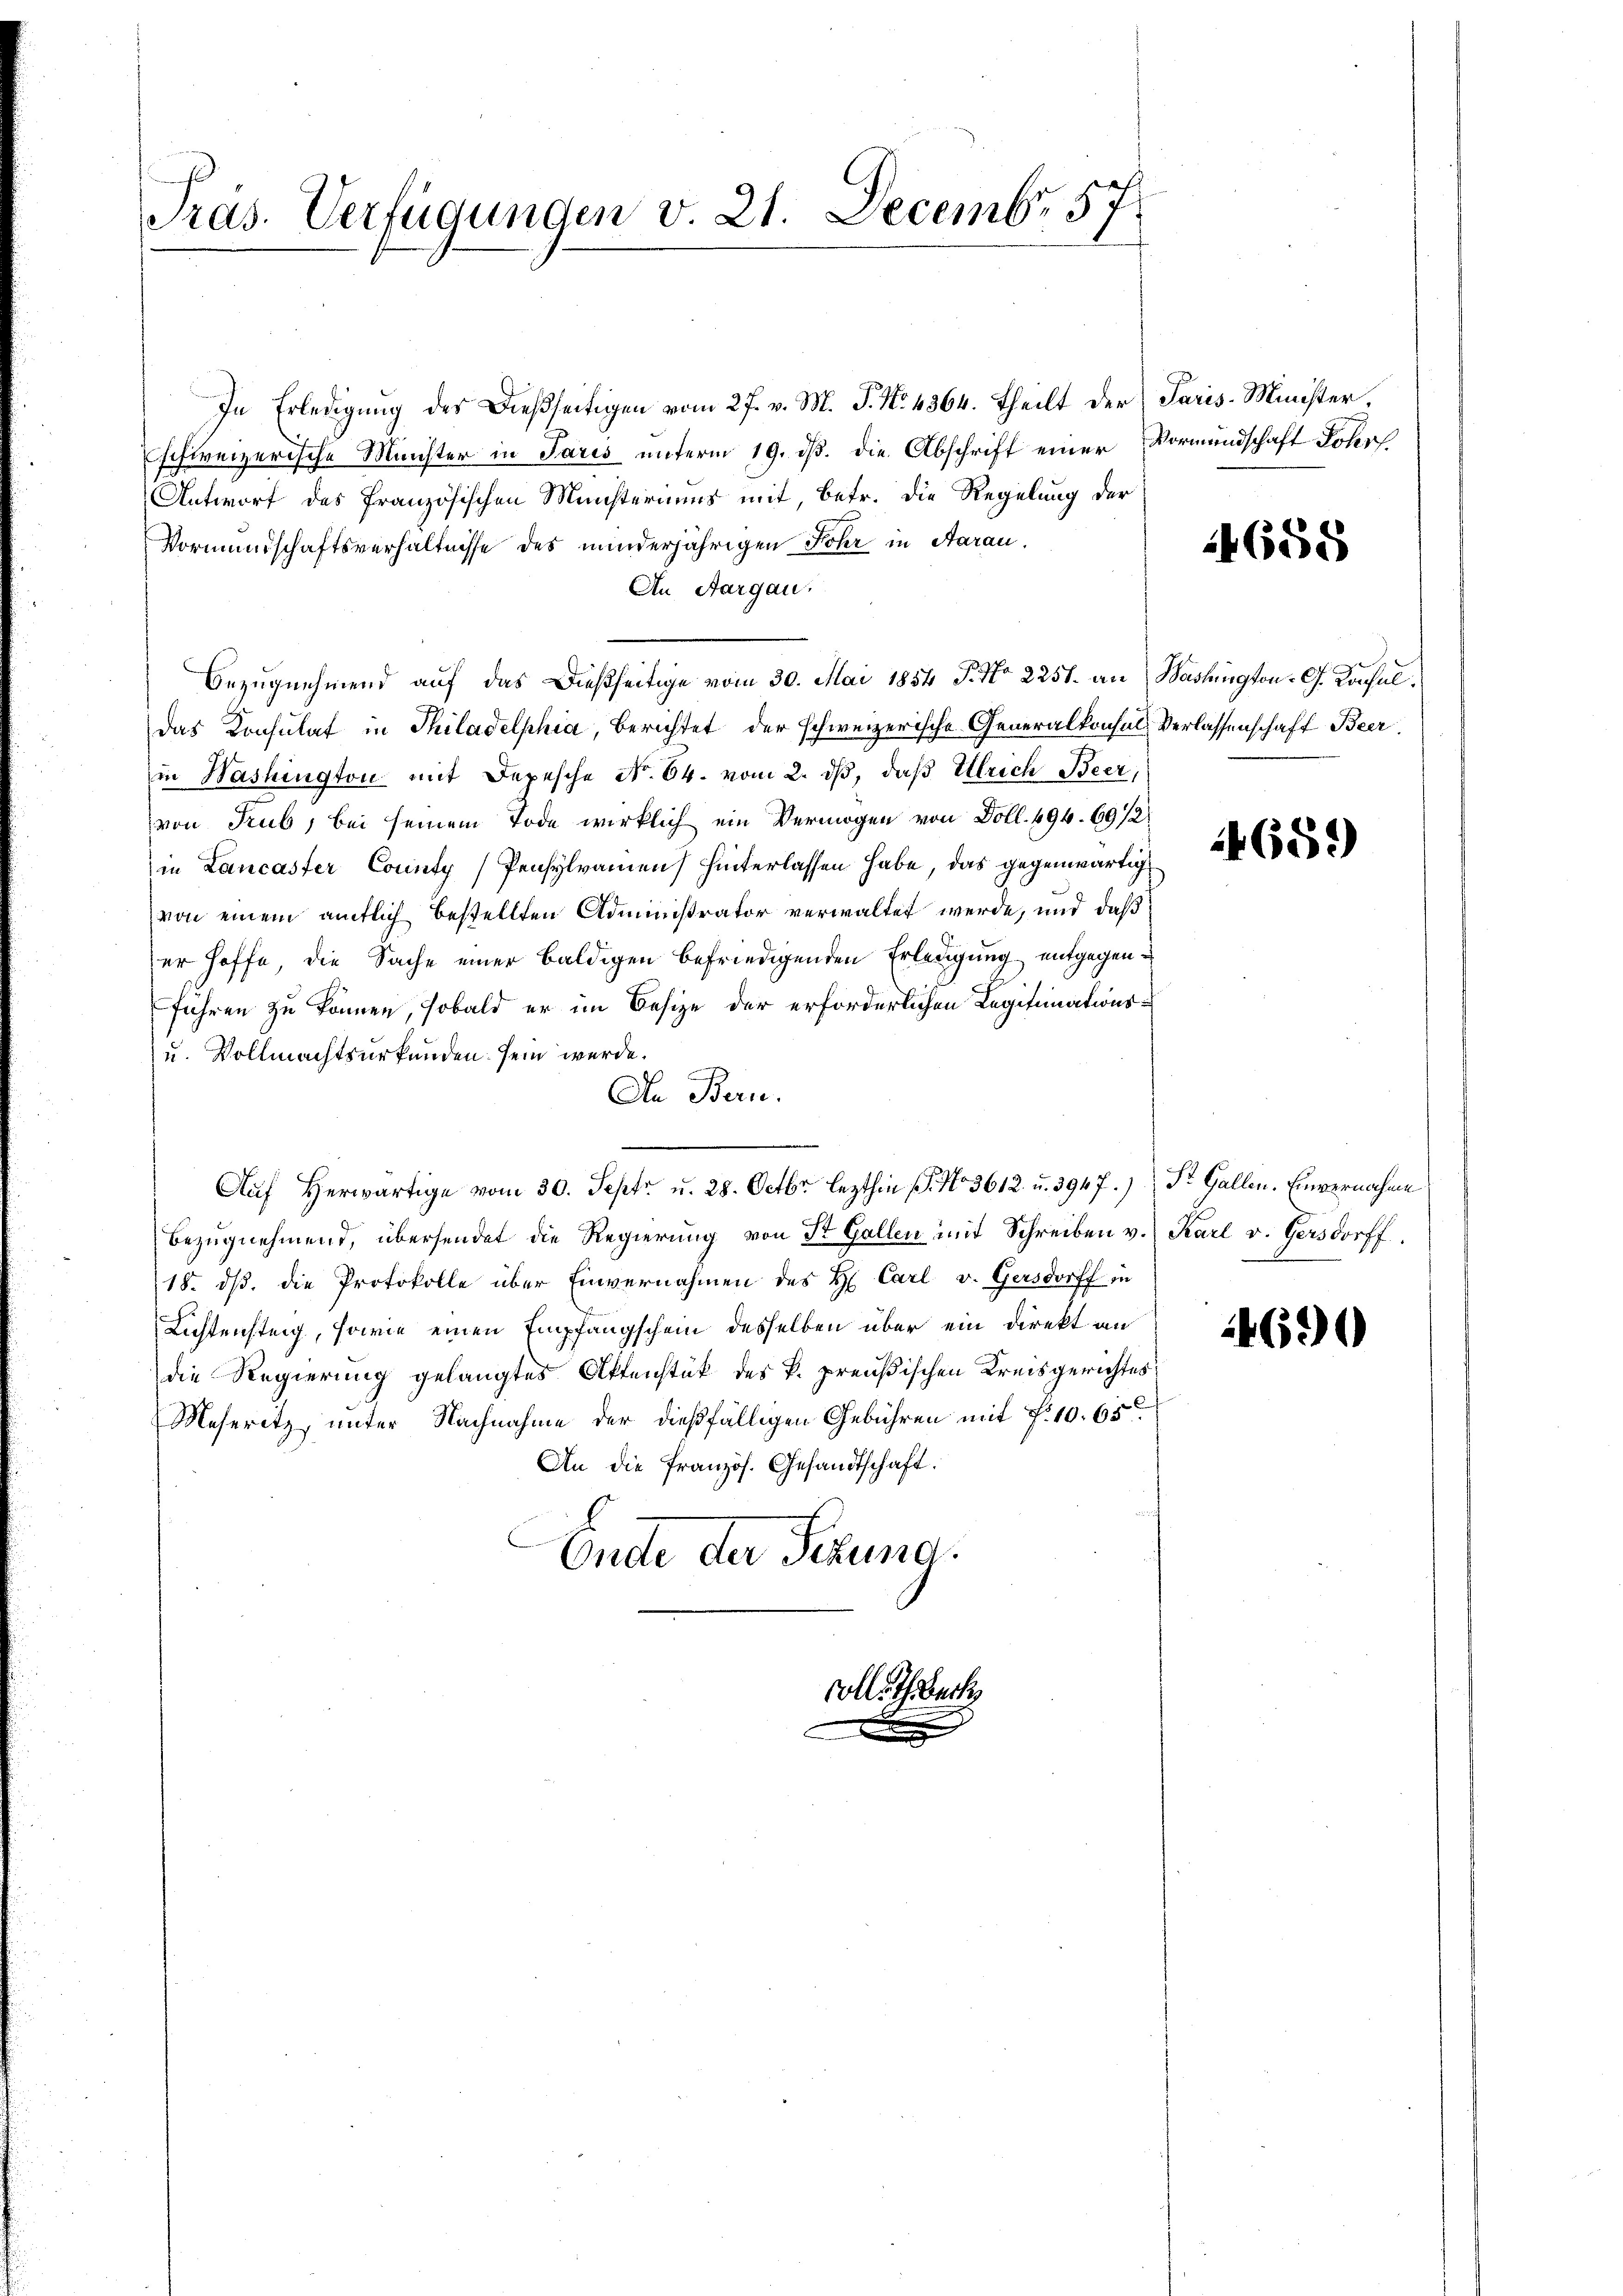
Präs. Verfügungen v. 21. Decembr 57.

In Erledigung des Dießseitigen vom 27. v. M. J. No. 4364. Theilt der Paris-Minister,
schweizerische Minister in Paris unterm 19. ds. die Abschrift einer Vormundschaft Lohrs
Antwort des französischen Ministeriums mit, betr. die Regelung der
Vormundschaftsverhältnisse des minderjährigen Jahr in Aarau
An Aargau,
Bezugnehmend auf das Dießseitige vom 30. Mai 1854 f. No 2251. an Bashington - G. Konsuldas Konsulat in Philadelphia, Berichtet der schweizerische Generalkonsuls Verlassenschaft Beer
in Washington mit Depesche No. 64. vom 2. dβ, daß Ulrich Beer,
von Trub, bei seinem Tode wirklich ein Vermögen von Doll. 494. 69 1/2
in Lancaster County Pensylvamen) hinterlassen habe, das gegenwärtig
von einem amtlich bestellten Administrator verwaltet werde, und daß
er hoffe, die Sache einer baldigen befriedigenden Erledigung entgegenführen zu können, sobald er im Besize der erforderlichen Legitimations¬
u. Vollmachtsurkunden sein werde.
In Bern.
Aŭf herwärtige vom 30. Sept. u. 28. Octbr. lezthin 1. No. 3612. u. 3947.) St. Gallen. Einvernahme
Bezŭgnehmend, übersendet die Regierung von St. Gallen mit Schreiben v. Karl v. Gersdorff
18. ds. die Protokolle über Einvernahmen des H. Carl v. Gersdorff in
Lichtensteig, sowie einen Empfangschein desselben über ein Direkt an
die Regierung gelangtes Aktenstück des k. preußischen Kreisgerichtes
Meseritz, unter Nachnahme der dießfälligen Gebühren mit F. 10. 65
An die Französ. Gesandtschaft.
Ende der Sekund

vollst Becke

14685

659)

4690